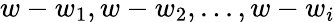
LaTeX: w-w_{1},w-w_{2},...,w-w_{i}